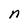
Character: n